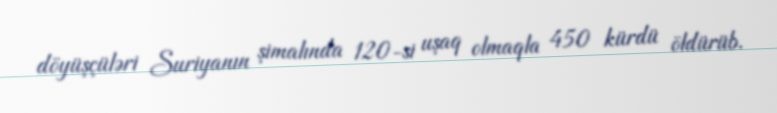
döyüşçüləri Suriyanın şimalında 120-si uşaq olmaqla 450 kürdü öldürüb.